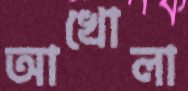
আখোলা